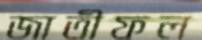
জাতীফল